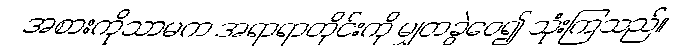
အစားကိုသာမက အရာရာတိုင်းကို မျှတခွဲဝေ၍ သုံးကြသည်။